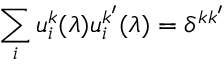
\sum _ { i } u _ { i } ^ { k } ( \lambda ) u _ { i } ^ { k ^ { \prime } } ( \lambda ) = \delta ^ { k k ^ { \prime } }